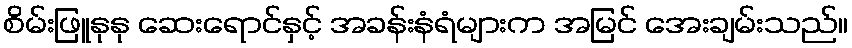
စိမ်းဖြူနုနု ဆေးရောင်နှင့် အခန်းနံရံများက အမြင် အေးချမ်းသည်။